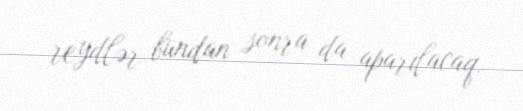
reydlər bundan sonra da aparılacaq.